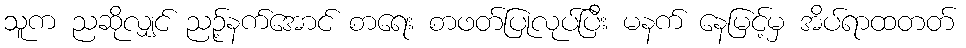
သူက ညဆိုလျှင် ညဉ့်နက်အောင် စာရေး စာဖတ်ပြုလုပ်ပြီး မနက် နေမြင့်မှ အိပ်ရာထတတ်